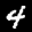
Label: 4